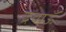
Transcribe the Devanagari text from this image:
दवाऊँ